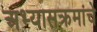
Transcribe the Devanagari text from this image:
अभ्‍यासक्रमांचे